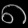
Digit: ၈